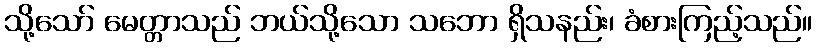
သို့သော် မေတ္တာသည် ဘယ်သို့သော သဘော ရှိသနည်း၊ ခံစားကြည့်သည်။